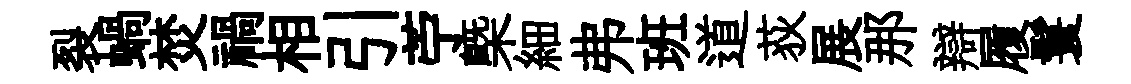
裂蝸焚禍相引苧㮣細弗班道荻展那辯履鬟